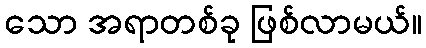
သော အရာတစ်ခု ဖြစ်လာမယ်။